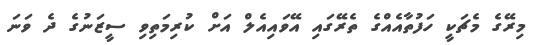
މިރޭގެ މެޗަކީ ހަފުތާއެއްގެ ތެރޭގައި އޭވައިއެލް އަށް ކުރިމަތިވި ސީޒަނުގެ ދެ ވަނަ